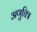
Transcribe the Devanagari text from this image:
अणुचित्र